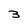
Character: 3